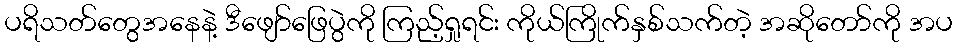
ပရိသတ်တွေအနေနဲ့ ဒီဖျော်ဖြေပွဲကို ကြည့်ရှုရင်း ကိုယ်ကြိုက်နှစ်သက်တဲ့ အဆိုတော်ကို အပ